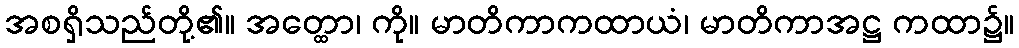
အစရှိသည်တို့၏။ အတ္ထော၊ ကို။ မာတိကာကထာယံ၊ မာတိကာအဋ္ဌ ကထာ၌။